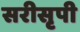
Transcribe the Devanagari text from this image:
सरीसृपी